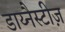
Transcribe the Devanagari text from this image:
डाय्नैस्टीज़